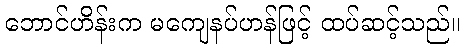
ဘောင်ဟိန်းက မကျေနပ်ဟန်ဖြင့် ထပ်ဆင့်သည်။